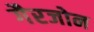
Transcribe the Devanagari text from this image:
गैरजोन